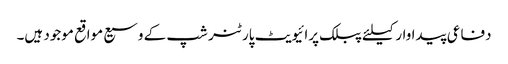
دفاعی پیداوار کیلئے پبلک پرائیویٹ پارٹنر شپ کے وسیع مواقع موجود ہیں۔